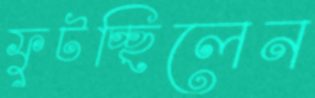
ফুটচ্ছিলেন